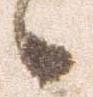
候